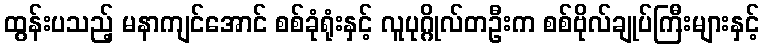
ထွန်းပသည့် မနာကျင်အောင် စစ်ခုံရုံးနှင့် လူပုဂ္ဂိုလ်တဦးက စစ်ဗိုလ်ချုပ်ကြီးများနှင့်